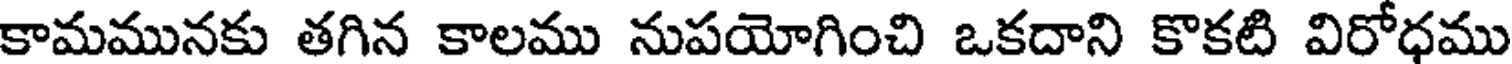
కామమునకు తగిన కాలము నుపయోగించి ఒకదాని కొకటి విరోధము